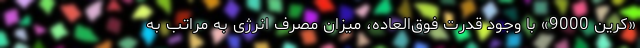
«کرین 9000» با وجود قدرت فوق‌العاده، میزان مصرف انرژی به مراتب به